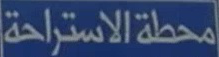
محطة الاستراحة